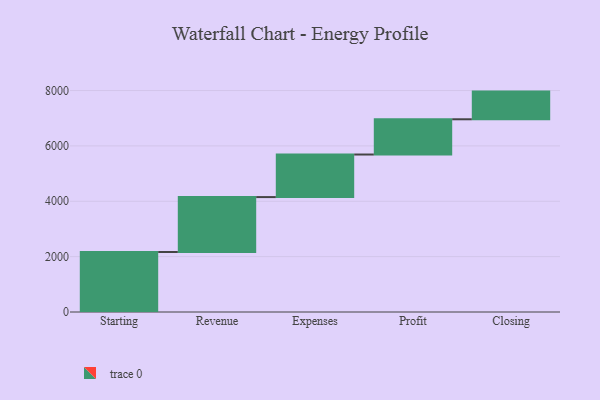
{"axis": {"x": "Step", "y": "Value"}, "legend": [""], "data": [{"x": "Starting", "y": 2167.0, "type": ""}, {"x": "Revenue", "y": 1984.0, "type": ""}, {"x": "Expenses", "y": 1538.0, "type": ""}, {"x": "Profit", "y": 1273.0, "type": ""}, {"x": "Closing", "y": 1000, "type": ""}]}